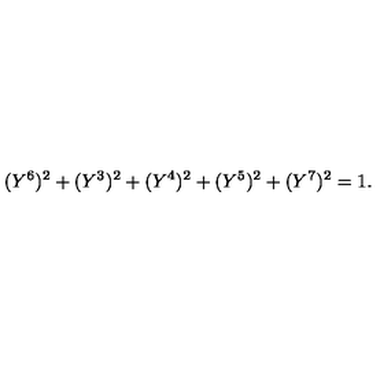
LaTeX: ( Y ^ { 6 } ) ^ { 2 } + ( Y ^ { 3 } ) ^ { 2 } + ( Y ^ { 4 } ) ^ { 2 } + ( Y ^ { 5 } ) ^ { 2 } + ( Y ^ { 7 } ) ^ { 2 } = 1 .